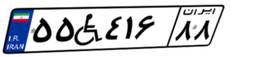
۵۵W۴۱۶۸۸